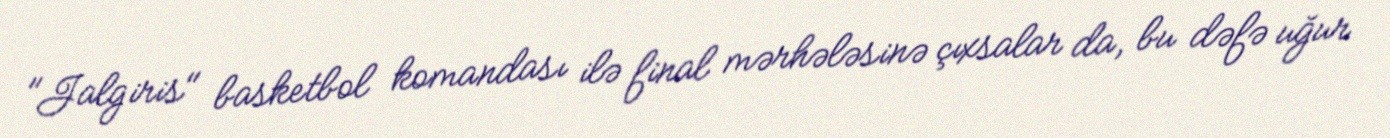
"Jalgiris" basketbol komandası ilə final mərhələsinə çıxsalar da, bu dəfə uğur